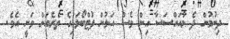
ދިނުމުން ދެ މުއައްސަސާ އިން ވެސް އަލުން ފުޓްބޯޅައިގެ ތެރެއަށް ވަނީ އެވެ.